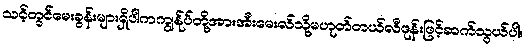
သင့်တွင်မေးခွန်းများရှိပါကကျွန်ုပ်တို့အားအီးမေးလ်သို့မဟုတ်တယ်လီဖုန်းဖြင့်ဆက်သွယ်ပါ။